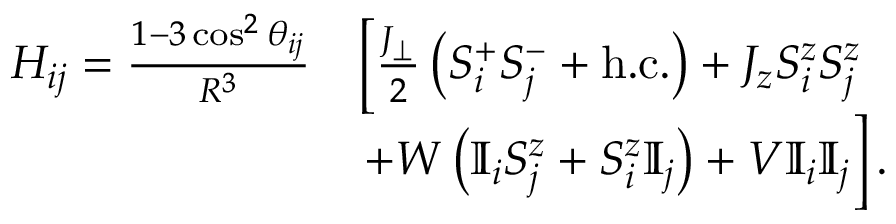
\begin{array} { r l } { H _ { i j } = \frac { 1 - 3 \cos ^ { 2 } \theta _ { i j } } { R ^ { 3 } } } & { \left[ \frac { J _ { \perp } } { 2 } \left( S _ { i } ^ { + } S _ { j } ^ { - } + \mathrm { h . c . } \right) + J _ { z } S _ { i } ^ { z } S _ { j } ^ { z } \right. } \\ & { \left. + W \left( \mathbb { I } _ { i } S _ { j } ^ { z } + S _ { i } ^ { z } \mathbb { I } _ { j } \right) + V \mathbb { I } _ { i } \mathbb { I } _ { j } \vphantom { \frac { J _ { \perp } } { 2 } } \right] . } \end{array}